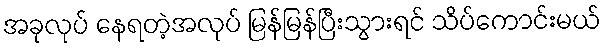
အခုလုပ် နေရတဲ့အလုပ် မြန်မြန်ပြီးသွားရင် သိပ်ကောင်းမယ်